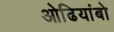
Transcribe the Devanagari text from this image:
ओढियांबो